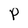
Character: P